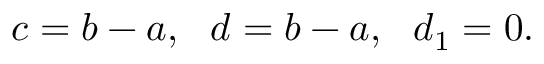
c = b - a , \ \ d = b - a , \ \ d _ { 1 } = 0 .